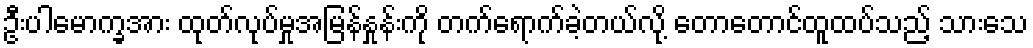
ဦးပါမောက္ခအား ထုတ်လုပ်မှုအမြန်နှုန်းကို တက်ရောက်ခဲ့တယ်လို့ တောတောင်ထူထပ်သည့် သားသေ